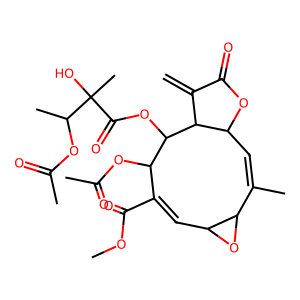
SMILES: C=C1C(=O)OC2C=C(C)C3OC3C=C(C(=O)OC)C(OC(C)=O)C(OC(=O)C(C)(O)C(C)OC(C)=O)C12
Inhibits HIV replication: No